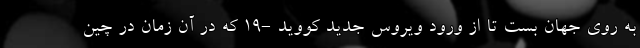
به روی جهان بست تا از ورود ویروس جدید کووید -19 که در آن زمان در چین